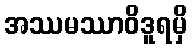
အဿမဿာဝိဒူရမှိ